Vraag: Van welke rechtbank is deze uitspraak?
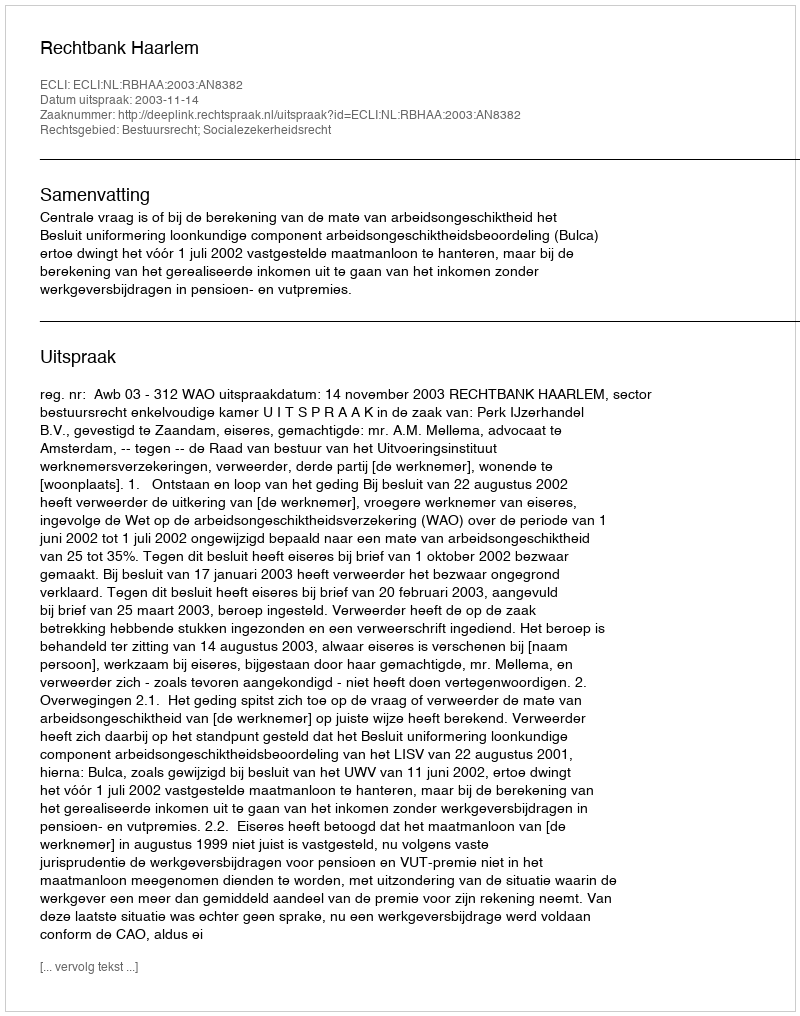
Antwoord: Rechtbank Haarlem